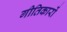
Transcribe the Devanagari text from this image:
गीतिकारों